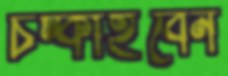
চম্‌কাইবেন